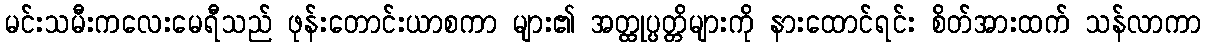
မင်းသမီးကလေးမေရီသည် ဖုန်းတောင်းယာစကာ များ၏ အတ္ထုပ္ပတ္တိများကို နားထောင်ရင်း စိတ်အားထက် သန်လာကာ